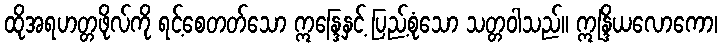
ထိုအရဟတ္တဖိုလ်ကို ရင့်စေတတ်သော ဣန္ဒြေနှင့် ပြည့်စုံသော သတ္တဝါသည်။ ဣန္ဒြိယလောကော၊